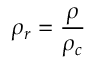
\rho _ { r } = \frac { \rho } { \rho _ { c } }